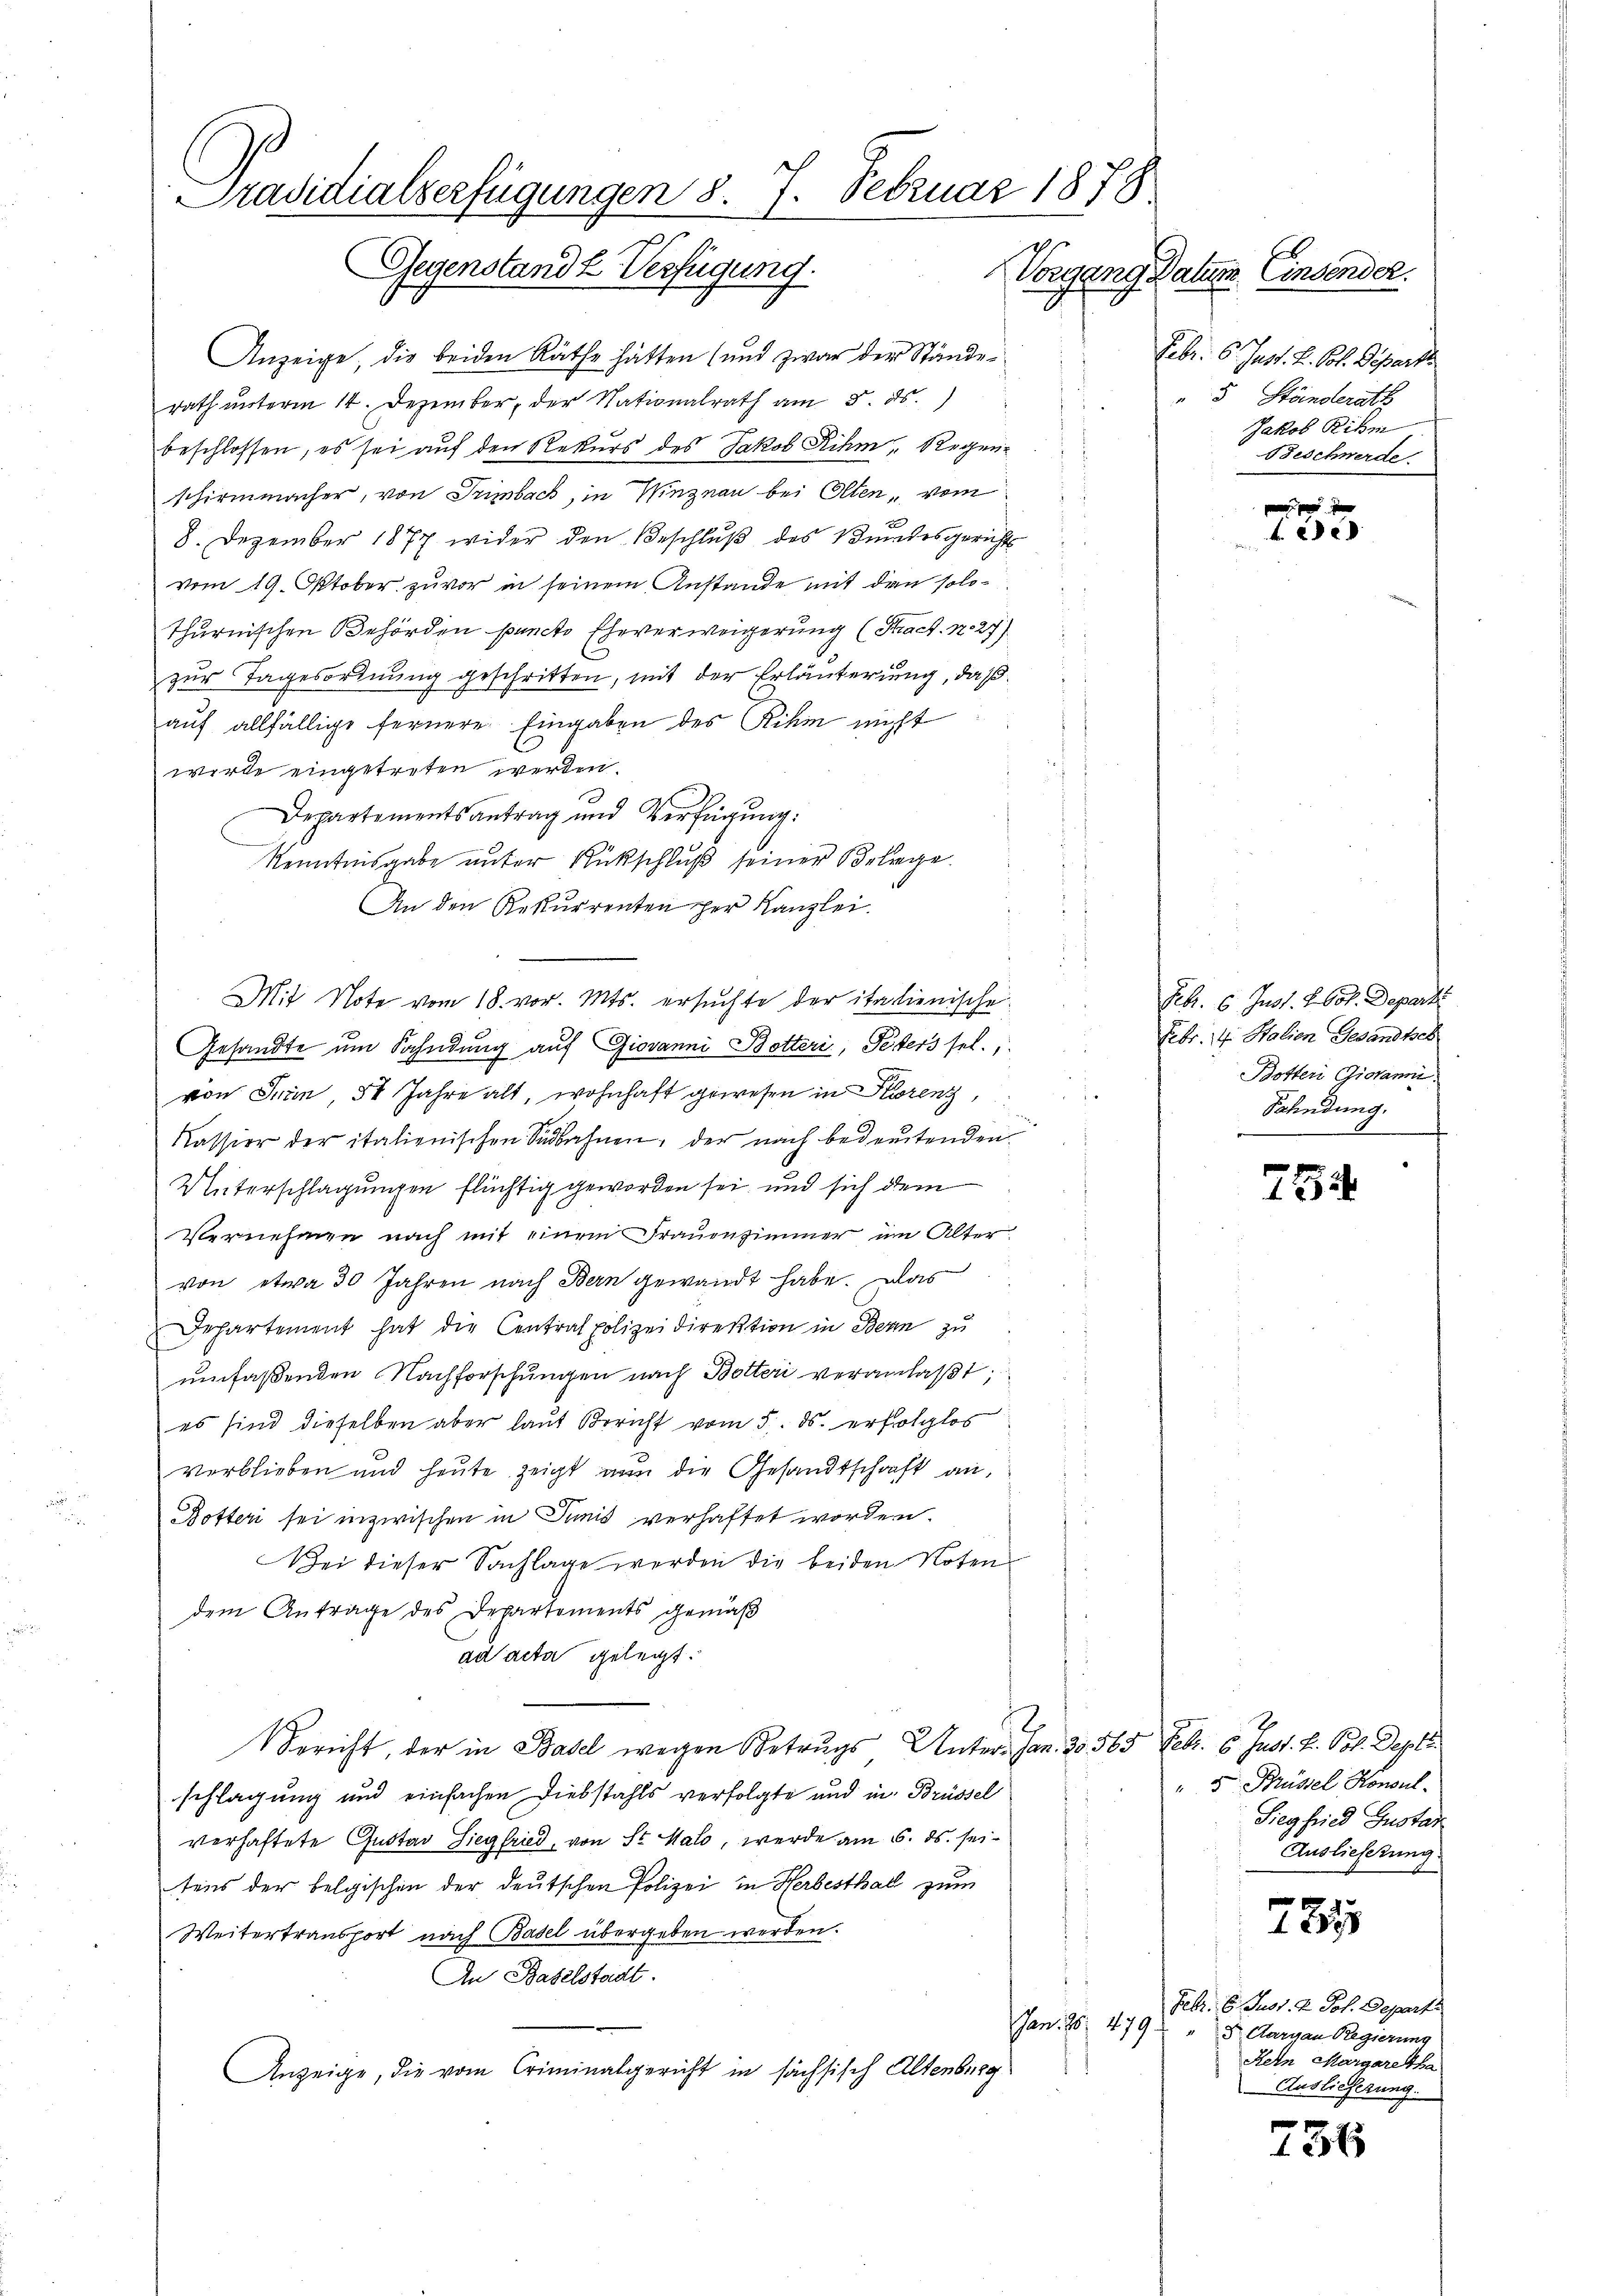
Präsidialverfügungen 8. 7. Februar 1878
Gegenstand 2 Verfügung.
Vorgang Datum. Einsender.

Anzeige, die beiden Räthe hätten (und zwar der Stände
rath unterm 14. Dezember der Nationalrath am 5. ds.
beschlossen, es sei auf den Rekurs des Jakob Rihm, Regen
schirmmacher, von Trimbach, in Winznau bei Olten vom
8. Dezember 1877 wider den Beschlŭβ des Bundesgerichts
vom 19. Oktober zuvor in seinem Anstande mit den solothurnischen Behörden puncto Eheverweigerung (Fact. N. 27)
zur Tagesordnung geschritten, mit der Erläuterung, daß
auf allfällige fernere Eingaben des Rihm nicht
wirde eingetreten werden.
Departementsantrag und Verfügung:
Kenntnisgabe unter Rückschluß seiner Belege
An den Rekurrenten per Kanzlei.
Mit Note vom 18. vor. Mts. ersuchte der italienische
Gesandte um Fahndung auf Giovanni Botteri, Peters sel.
von Juin 51 Jahre alt, wohnhaft gewesen in Krenz,
Kassion der italienischen Südbahnen, der nach bedeutenden
Unterschlagungen flüchtig geworden sei, und sich dem
Vernehmen nach mit einem Frauenzimmer im Alter
von etwa 30 Jahren nach Bern gewandt habe. Das
Departement hat die Centrat polizeidirektion in Bern zu
umfaßenden Nachforschungen nach Botteri veranlaßt,
1
es sind dieselben aber laut Bericht vom 5. ds. erfolglos
verblieben und heute zeigt nun die Gesandtschaft an,
Botteri sei inzwischen in Janis verhaftet worden.
Nei dieser Sachlage werden die beiden Noten-
dem Antrage des Departements gemäß
ad acta gelegt.
.
Bericht, der in Basel wegen Betrugs Unter. Jan. 20565 Febr. 6. Just. H. Pol. Depti
schlagung und einfachen Diebstahls verfolgte und in Brüssel
verhaftete Gustav Siegfried, von Sr. Malo, werde am 6. ds. seitens der belgischen der deutschen Polizei in Herbesthal zum
Weitertransport nach Basel übergeben werden.
An Baselstadt.
.
Anzeige, die vom Criminalgericht in sächsisch Altenburg

s

Febr. 6. Just. H. Joh. Depart
" 5 Ständerath
Jakob Rihm
Beschwerde

xx
e

Frk. 6. Just. H. bot. Departi
Febr. 14. Stalien Gesandtsch
Botter Giovanni.
Fahndung.

752.

" 5 Brüssel Honoul
Siegfried Gustar
Auslieferung

785

Febr. 6. Justi. 2. Joh. Departe
Jan. 26. 479 " " Aargau Regierung
Retn Margaretha
Auslieferung.

756